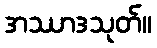
အဿာဒသုတ်။